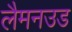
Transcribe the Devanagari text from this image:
लैमनउड